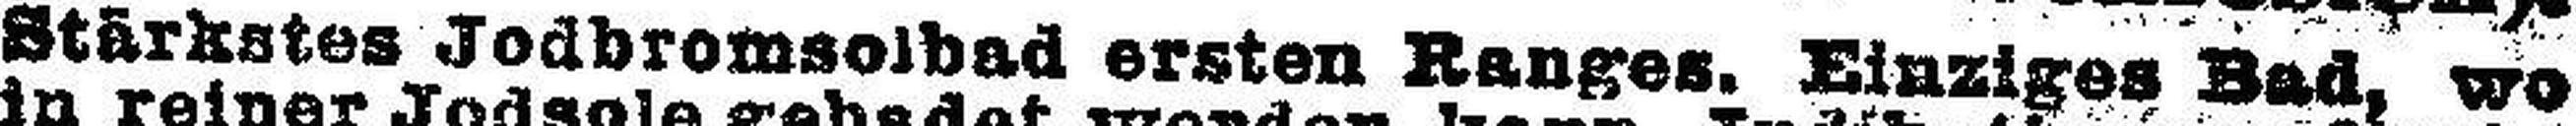
Stärkstes Jodbromsolbad ersten Ranges. Einziges Bad, wo